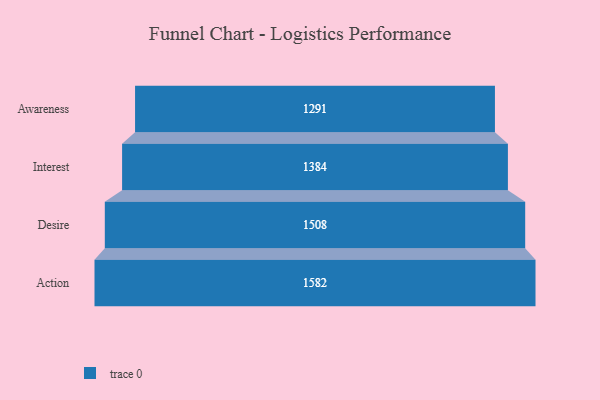
{"axis": {"x": "Stage", "y": "Value"}, "legend": [""], "data": [{"x": "Awareness", "y": 1291.0, "type": ""}, {"x": "Interest", "y": 1384.0, "type": ""}, {"x": "Desire", "y": 1508.0, "type": ""}, {"x": "Action", "y": 1582.0, "type": ""}]}